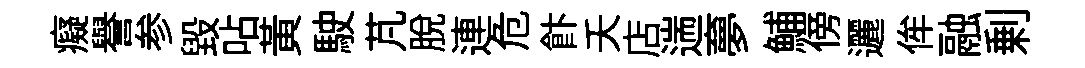
癡譽参毀呫黃駛芃脱連危飰夭店遄夣鯆傍邐侔融剰